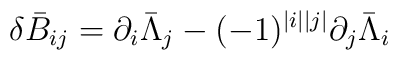
\delta\bar{B}_{ij}=\partial_{i}\bar{\Lambda}_{j}-(-1)^{|i||j|}\partial_{j}\bar{\Lambda}_{i}